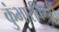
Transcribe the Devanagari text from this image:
कुंभारकिन्ही